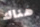
هناك